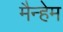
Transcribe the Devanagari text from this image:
मैन्हेम